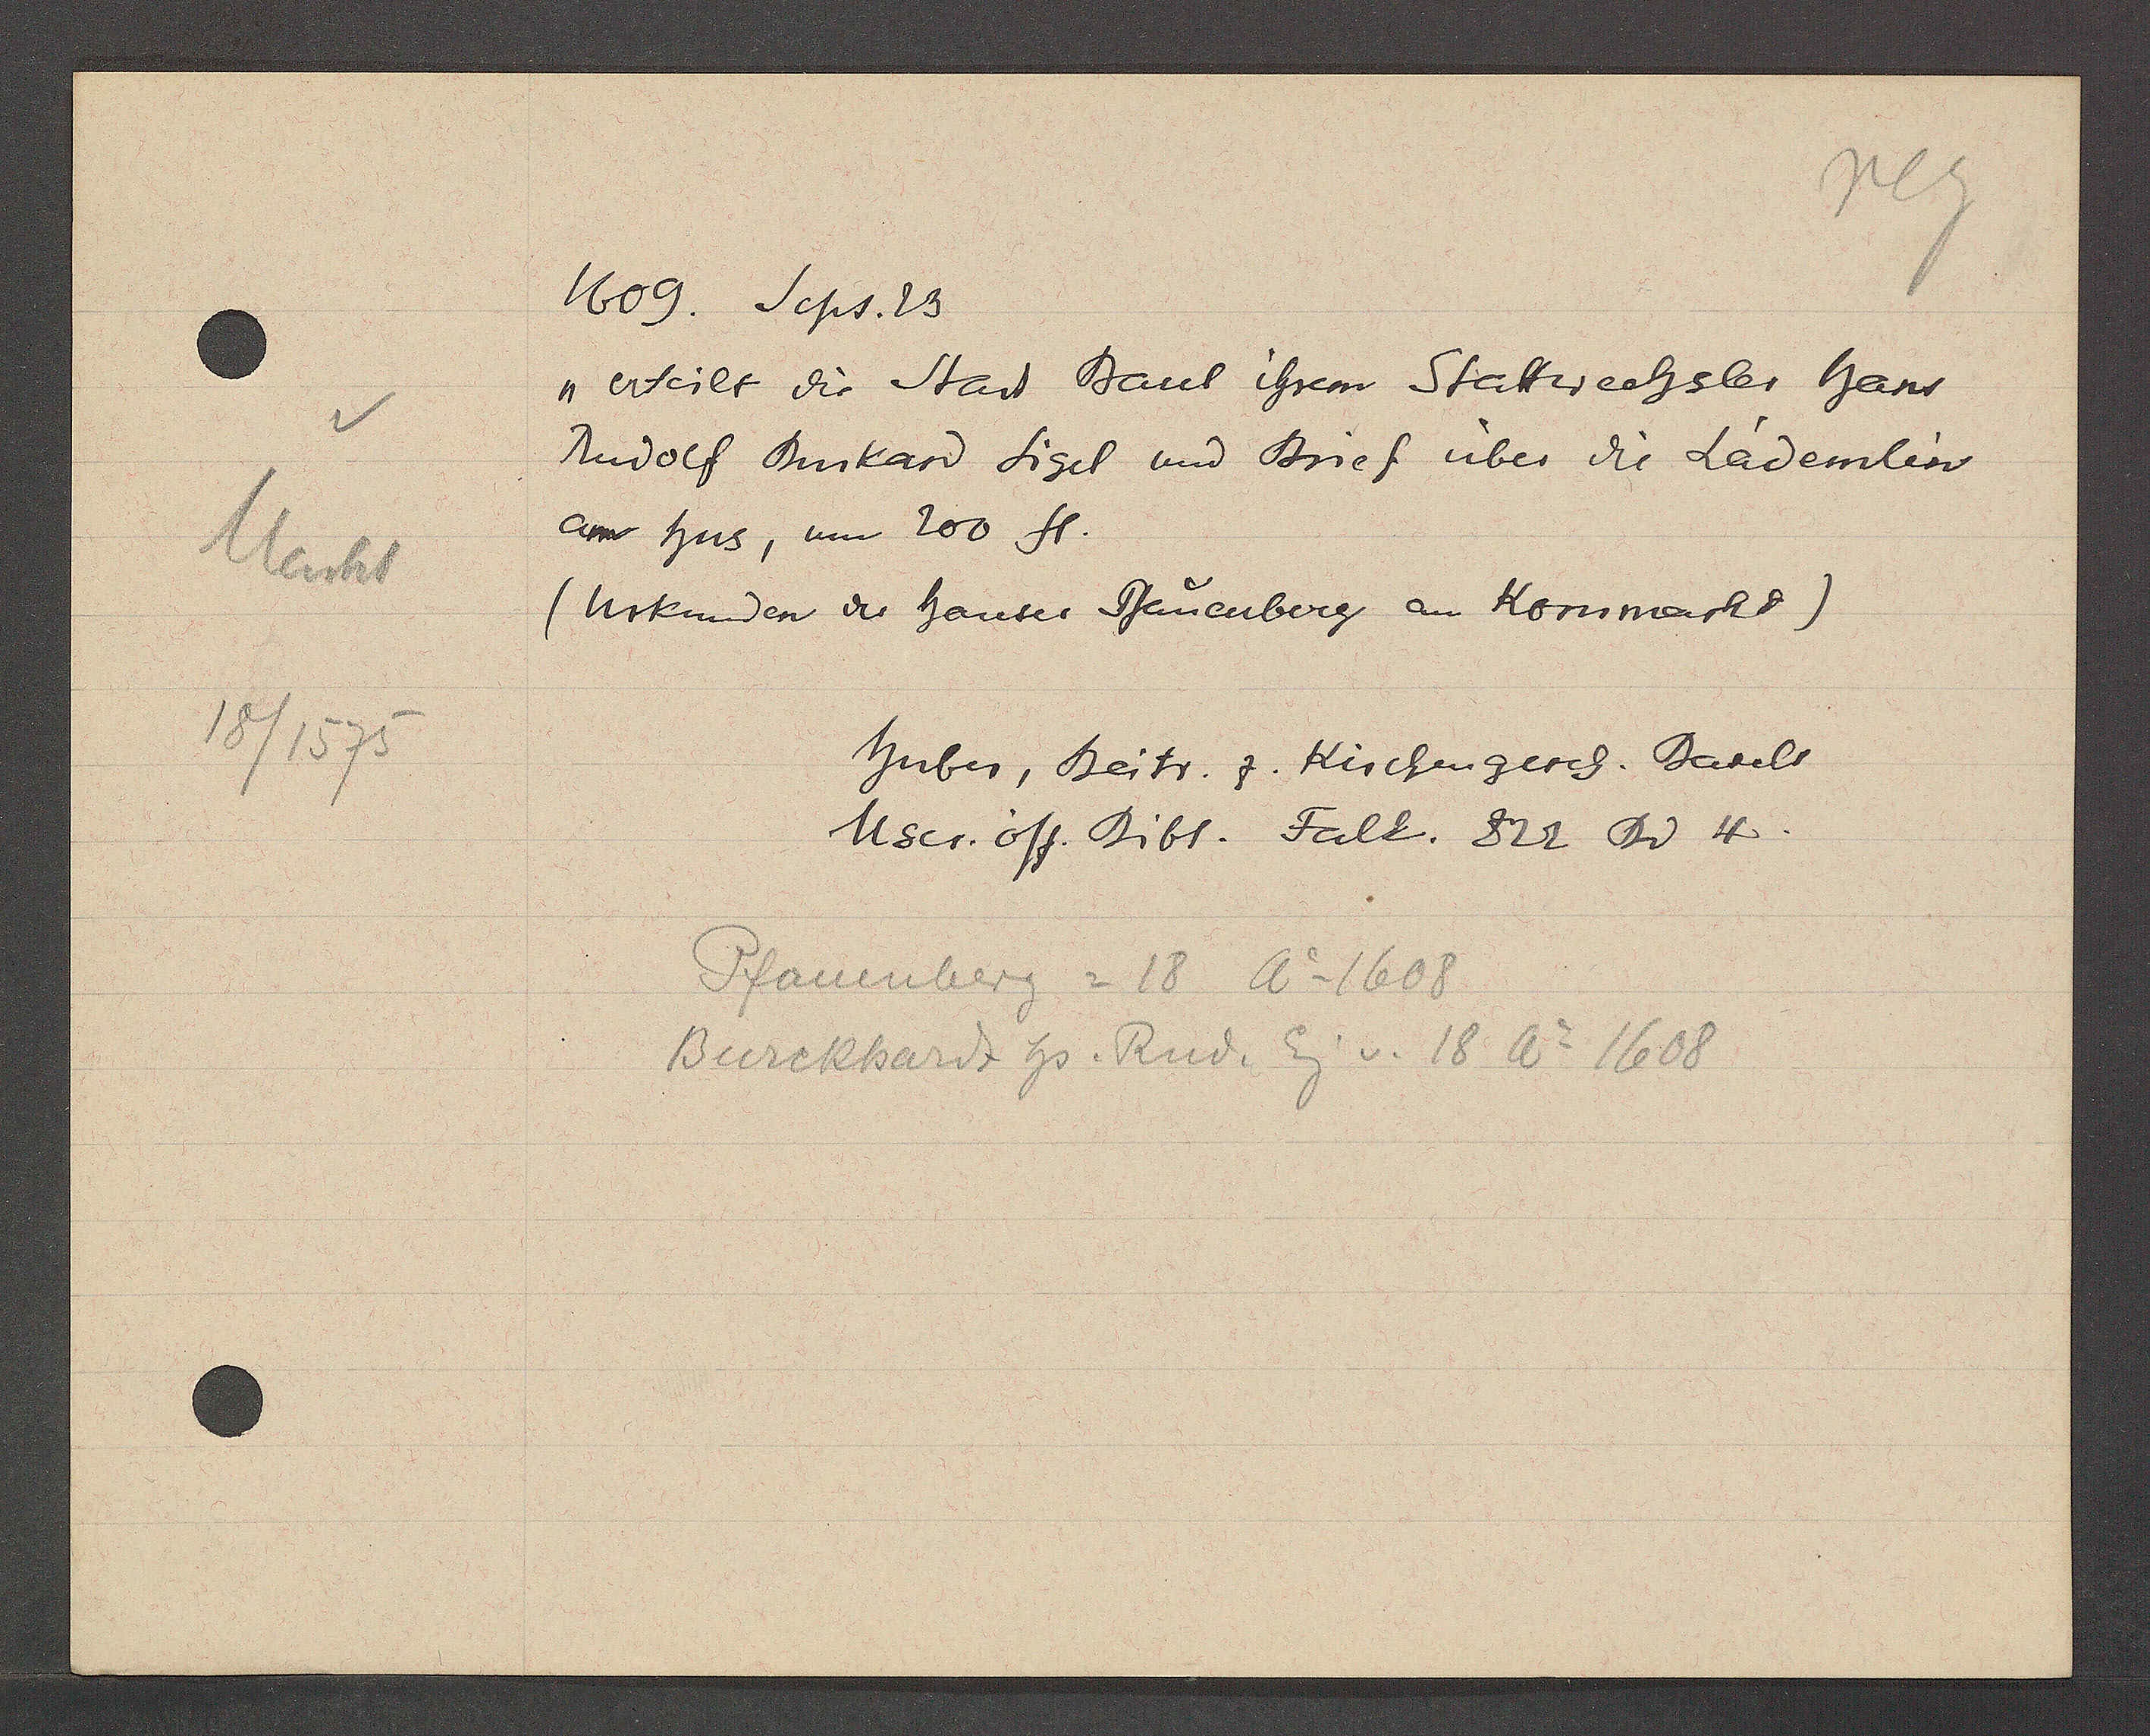
Transcript:
Markt
18/1575

1609. Jops. 23

" erteilt die Statt Basel ihrem Stattwechsler hant
Rudolf Burkard sigel und Brief über die Lädemlin
am hus, um 200 fl.
(Urkunden des hauses Pfanenberg an Kornmarkt)

Huber, Beitr. z. Kirschengerch. Basels
User off. Bibl. Fall. 822 Dv 4.

Pfanenberg = 18 Ao 1608
Burckhardt hs. Rud. Eig v. 18 Ao 1608